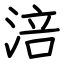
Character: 涪